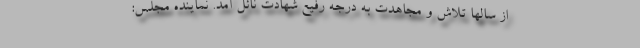
از سالها تلاش و مجاهدت به درجه رفیع شهادت نائل آمد. نماینده مجلس: